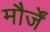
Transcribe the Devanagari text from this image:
मौर्जें